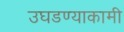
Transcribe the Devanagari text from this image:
उघडण्याकामी